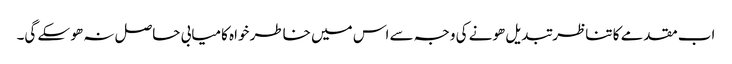
اب مقدمے کا تناظر تبدیل ھونے کی وجہ سے اس میں خاطر خواہ کامیابی حاصل نہ ھو سکے گی۔